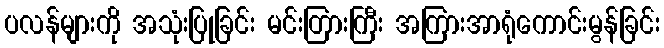
ပလန်များကို အသုံးပြုခြင်း မင်းတြားကြီး အကြားအာရုံကောင်းမွန်ခြင်း